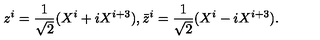
z ^ { i } = \frac { 1 } { \sqrt { 2 } } ( X ^ { i } + i X ^ { i + 3 } ) , \bar { z } ^ { i } = \frac { 1 } { \sqrt { 2 } } ( X ^ { i } - i X ^ { i + 3 } ) .